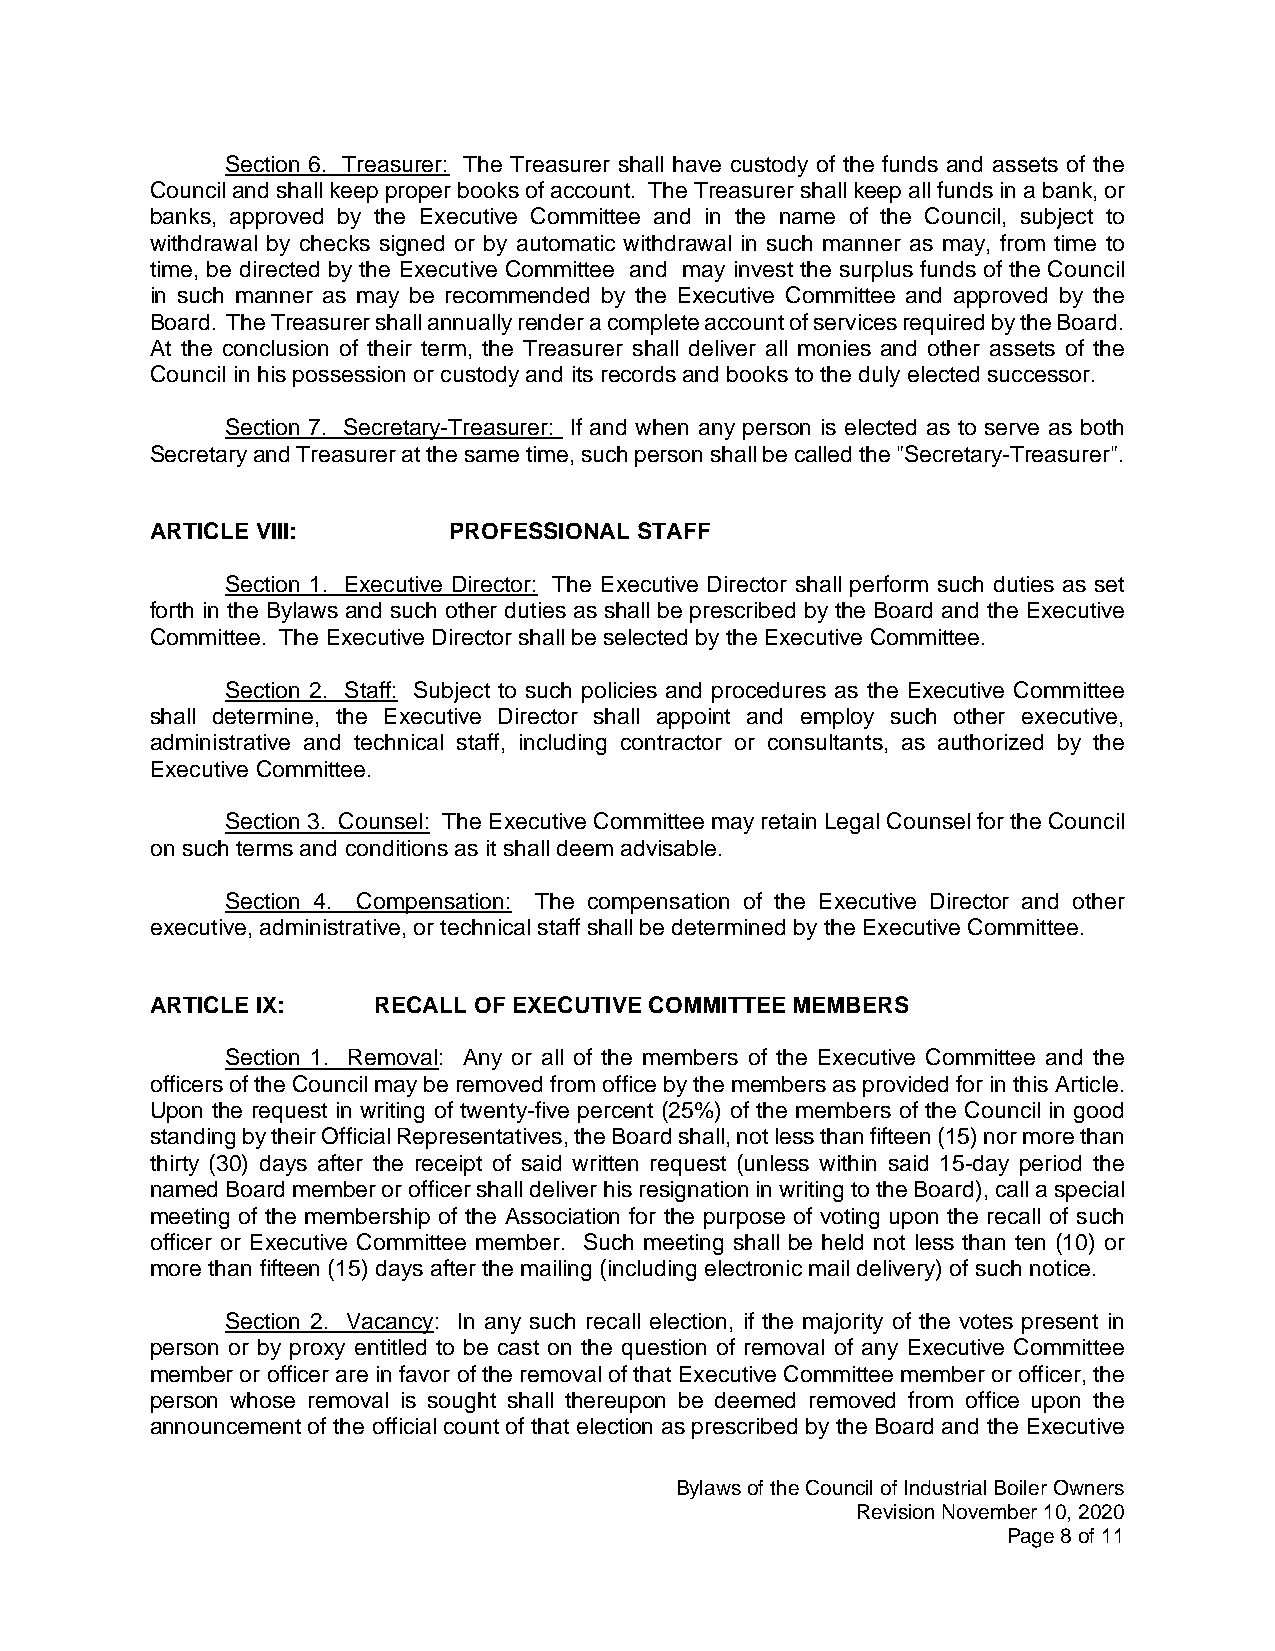
Section 6. Treasurer: The Treasurer shall have custody of the funds and assets of the
 Council and shall keep proper books of account. The Treasurer shall keep all funds in a bank, or
 banks, approved by the Executive Committee and in the name of the Council, subject to
 withdrawal by checks signed or by automatic withdrawal in such manner as may, from time to
 time, be directed by the Executive Committee and may invest the surplus funds of the Council
 in such manner as may be recommended by the Executive Committee and approved by the
 Board. The Treasurer shall annually render a complete account of services required by the Board.
 At the conclusion of their term, the Treasurer shall deliver all monies and other assets of the
 Council in his possession or custody and its records and books to the duly elected successor.
 Section 7. Secretary-Treasurer: If and when any person is elected as to serve as both
 Secretary and Treasurer at the same time, such person shall be called the "Secretary-Treasurer".
 ARTICLE VIII:       PROFESSIONAL STAFF
 Section 1. Executive Director: The Executive Director shall perform such duties as set
 forth in the Bylaws and such other duties as shall be prescribed by the Board and the Executive
 Committee. The Executive Director shall be selected by the Executive Committee.
 Section 2. Staff: Subject to such policies and procedures as the Executive Committee
 shall determine, the Executive Director shall appoint and employ such other executive,
 administrative and technical staff, including contractor or consultants, as authorized by the
 Executive Committee.
 Section 3. Counsel: The Executive Committee may retain Legal Counsel for the Council
 on such terms and conditions as it shall deem advisable.
 Section 4. Compensation: The compensation of the Executive Director and other
 executive, administrative, or technical staff shall be determined by the Executive Committee.
 ARTICLE IX:    RECALL OF EXECUTIVE COMMITTEE MEMBERS
 Section 1. Removal: Any or all of the members of the Executive Committee and the
 officers of the Council may be removed from office by the members as provided for in this Article.
 Upon the request in writing of twenty-five percent (25%) of the members of the Council in good
 standing by their Official Representatives, the Board shall, not less than fifteen (15) nor more than
 thirty (30) days after the receipt of said written request (unless within said 15-day period the
 named Board member or officer shall deliver his resignation in writing to the Board), call a special
 meeting of the membership of the Association for the purpose of voting upon the recall of such
 officer or Executive Committee member. Such meeting shall be held not less than ten (10) or
 more than fifteen (15) days after the mailing (including electronic mail delivery) of such notice.
 Section 2. Vacancy: In any such recall election, if the majority of the votes present in
 person or by proxy entitled to be cast on the question of removal of any Executive Committee
 member or officer are in favor of the removal of that Executive Committee member or officer, the
 person whose removal is sought shall thereupon be deemed removed from office upon the
 announcement of the official count of that election as prescribed by the Board and the Executive
 Bylaws of the Council of Industrial Boiler Owners
 Revision November 10, 2020
 Page 8 of 11